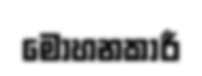
මෝහනකාරී